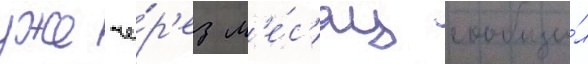
уже че́р'ез м'е́с'яц сообщи́л